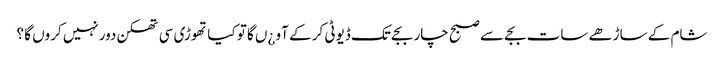
شام کے ساڑھے سات بجے سے صبح چار بجے تک ڈیوٹی کر کے آو ¿ں گا تو کیا تھوڑی سی تھکن دورنہیں کروں گا ؟